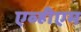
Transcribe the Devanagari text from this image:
एव्हीएम